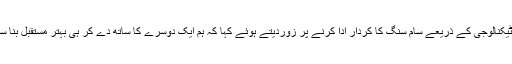
انہوں نے معاشرتی اور سماجی ترقی میں جدید ٹیکنالوجی کے ذریعے سام سنگ کا کردار ادا کرنے پر زوردیتے ہوئے کہا کہ ہم ایک دوسرے کا ساتھ دے کر ہی بہتر مستقبل بنا سکے ہیں اور خود دنیا میں بہترین بن سکتے ہیں۔